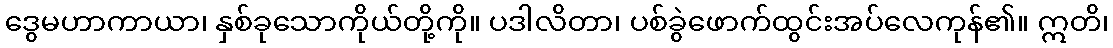
ဒွေမဟာကာယာ၊ နှစ်ခုသောကိုယ်တို့ကို။ ပဒါလိတာ၊ ပစ်ခွဲဖောက်ထွင်းအပ်လေကုန်၏။ ဣတိ၊